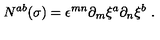
N ^ { a b } ( \sigma ) = \epsilon ^ { m n } \partial _ { m } \xi ^ { a } \partial _ { n } \xi ^ { b } \ .